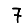
Digit: 7